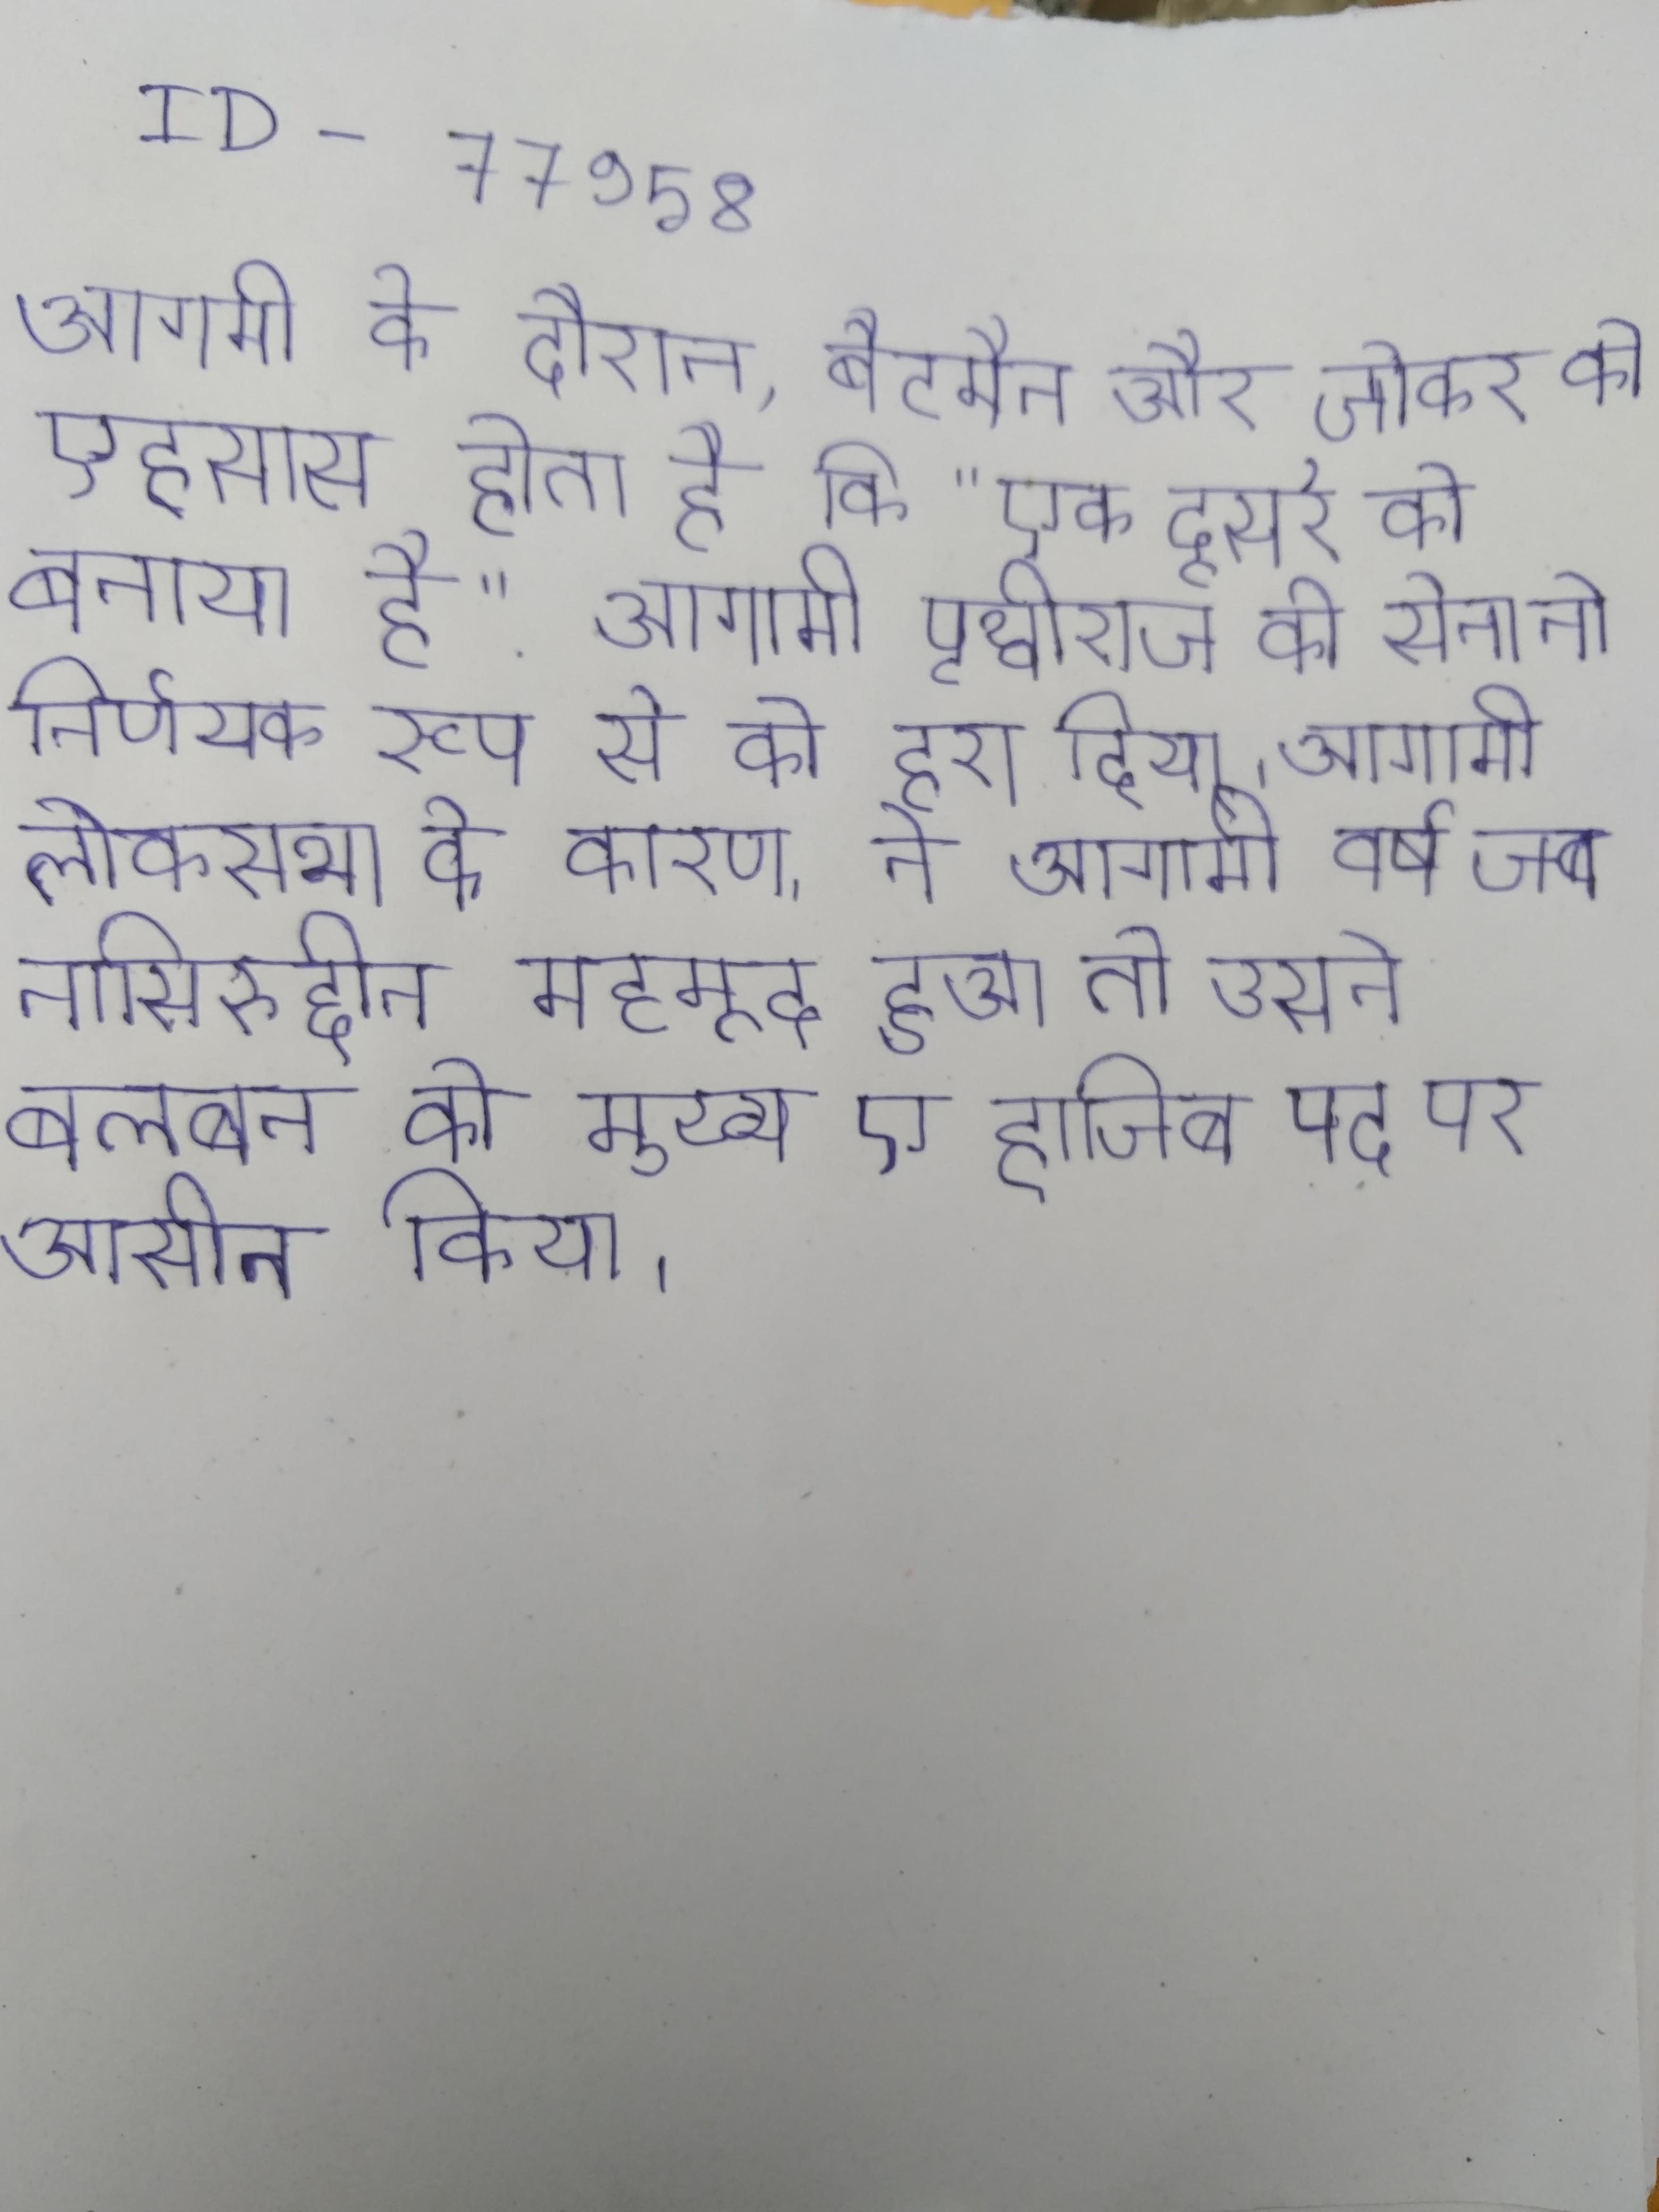
आगामी के दौरान, बैटमैन और जोकर को एहसास होता है कि "एक दूसरे को बनाया है" . आगामी पृथ्वीराज की सेना ने निर्णायक रूप से को हरा दिया । आगामी लोकसभा के कारण, ने आरोप लगाए । आगामी वर्ष जब नासिरुद्दीन महमूद हुआ तो उसने बलबन को मुख्य ए हाजिब) पद पर आसीन किया ।